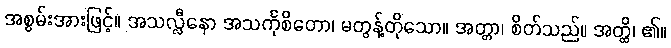
အစွမ်းအားဖြင့်။ အသလ္လီနော အသင်္ကုစိတော၊ မတွန့်တိုသော။ အတ္တာ၊ စိတ်သည်။ အတ္ထိ၊ ၏။